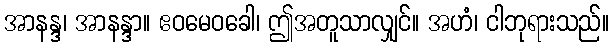
အာနန္ဒ၊ အာနန္ဒာ။ ဧဝမေဝခေါ၊ ဤအတူသာလျှင်။ အဟံ၊ ငါဘုရားသည်။